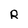
Character: R